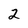
Character: 2